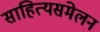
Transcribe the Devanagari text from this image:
साहित्यसंमेलन